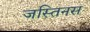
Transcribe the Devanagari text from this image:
जस्तिनस